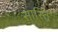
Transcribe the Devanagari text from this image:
सास्ति